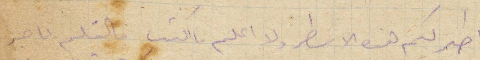
اطير لكم هذه الاسطر ولا اعلم ما اكتب فالقلم عاجز